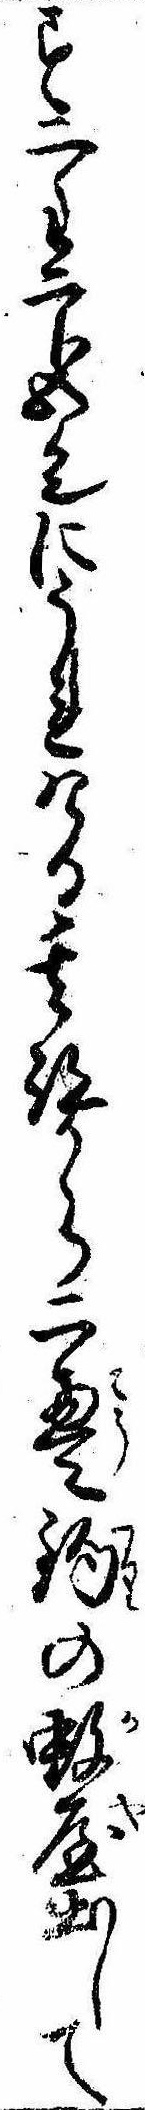
す二匁二分五リンにうれける其跡から二畳釣の蚊屋出して